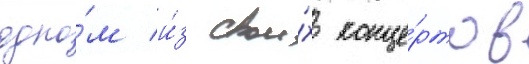
одно́м и́з свои́х конце́ртов